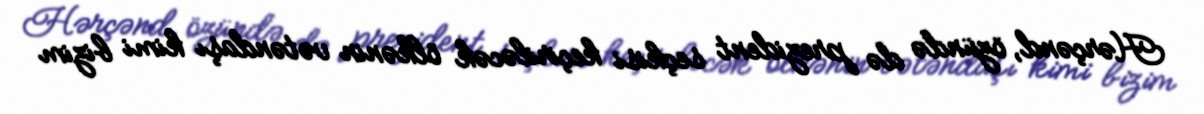
Hərçənd, özündə də prezident seçkisi keçiriləcək ölkənin vətəndaşı kimi bizim